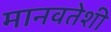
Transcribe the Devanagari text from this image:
मानवतेशी